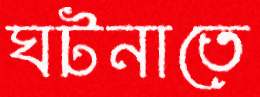
ঘটনাতে